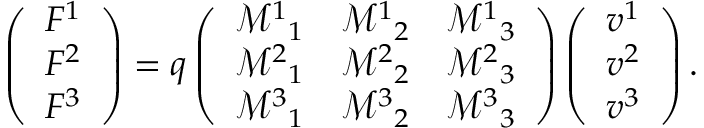
\left( \begin{array} { l } { F ^ { 1 } } \\ { F ^ { 2 } } \\ { F ^ { 3 } } \end{array} \right) = q \left( \begin{array} { l l l } { \mathcal { M } ^ { 1 } { } _ { 1 } } & { \mathcal { M } ^ { 1 } { } _ { 2 } } & { \mathcal { M } ^ { 1 } { } _ { 3 } } \\ { \mathcal { M } ^ { 2 } { } _ { 1 } } & { \mathcal { M } ^ { 2 } { } _ { 2 } } & { \mathcal { M } ^ { 2 } { } _ { 3 } } \\ { \mathcal { M } ^ { 3 } { } _ { 1 } } & { \mathcal { M } ^ { 3 } { } _ { 2 } } & { \mathcal { M } ^ { 3 } { } _ { 3 } } \end{array} \right) \left( \begin{array} { l } { v ^ { 1 } } \\ { v ^ { 2 } } \\ { v ^ { 3 } } \end{array} \right) .